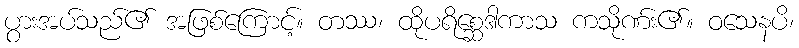
ပွားအပ်သည်၏ အဖြစ်ကြောင့်။ တဿ၊ ထိုပရိစ္ဆေဒါကာသ ကသိုဏ်း၏။ ဝသေနပိ၊